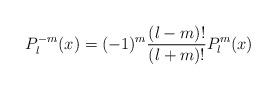
LaTeX: \begin{align*}P_l^{-m}(x)=(-1)^m\frac{(l-m)!}{(l+m)!}P_l^m(x)\end{align*}